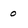
Character: o